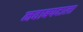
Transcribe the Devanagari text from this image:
नवाबपदाला